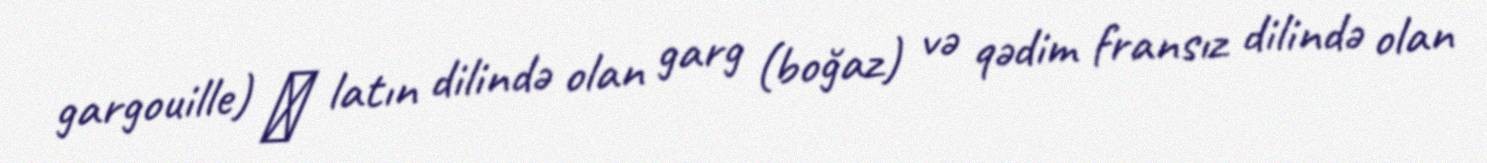
gargouille) ― latın dilində olan garg (boğaz) və qədim fransız dilində olan